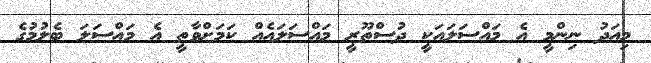
މިއަދު ނިންމީ އެ މައްސަލައަކީ ދުސްތޫރީ މައްސަލައެއް ކަމަށްވާތީ އެ މައްސަލަ ބެލުމުގެ